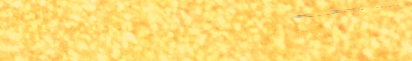
محل الأدوات الرياضية: كل